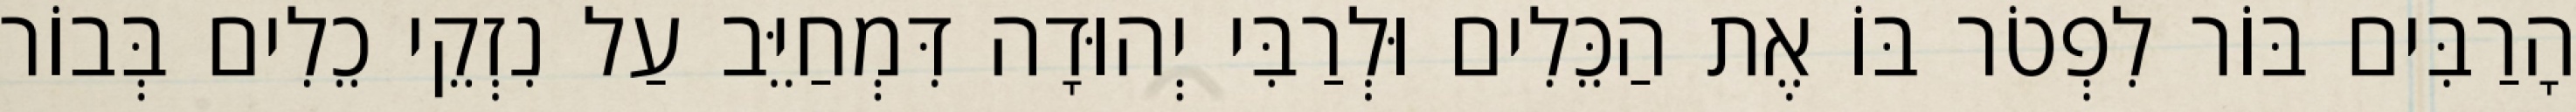
הָרַבִּים בּוֹר לִפְטֹר בּוֹ אֶת הַכֵּלִים וּלְרַבִּי יְהוּדָה דִּמְחַיֵּב עַל נִזְקֵי כֵלִים בְּבוֹר